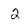
Character: 2